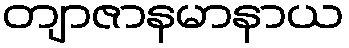
တျာဇာနမာနာယ